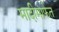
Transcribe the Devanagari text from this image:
मादीमार्फत